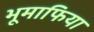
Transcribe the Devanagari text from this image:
भूमाफिया